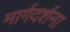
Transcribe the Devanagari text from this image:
मार्गदर्शना